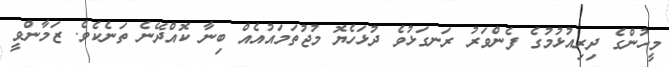
މީހުންގެ ދިރިއުޅުމުގެ ފެންވަރު ރަނގަޅުވެ ދުޅަހެޔޮ މުޖުތަމައުއެއް ބިނާ ކޮއްދޭނެ ތަނެކެވެ. ޒަމާންވީ